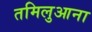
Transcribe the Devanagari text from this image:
तमिलुआना